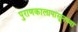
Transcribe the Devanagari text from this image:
पुराणकालापासूनच्या